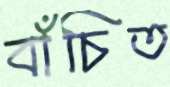
বাঁচিত